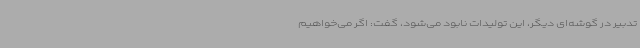
تدبیر در گوشه‌ای دیگر، این تولیدات نابود می‌شود، گفت: اگر می‌خواهیم